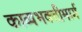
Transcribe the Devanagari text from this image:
काव्यभक्तीमार्ग